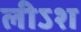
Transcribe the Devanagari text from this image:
लीऽश